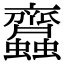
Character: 𧖊